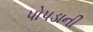
પોપડાની